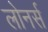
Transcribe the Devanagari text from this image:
लोनर्स